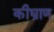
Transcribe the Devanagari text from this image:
कीघ्राण